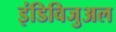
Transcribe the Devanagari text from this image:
इंडिविजुअल